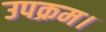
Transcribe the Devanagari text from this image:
उपक्रम।